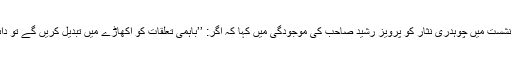
میں نے ایک حالیہ نشست میں چوہدری نثار کو پرویز رشید صاحب کی موجودگی میں کہا کہ اگر: ’’باہمی تعلقات کو اکھاڑے میں تبدیل کریں گے تو دائو پیچ تو لگیں گے۔